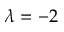
\lambda = - 2